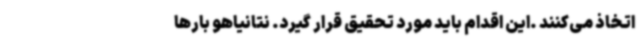
اتخاذ می‌کنند .این اقدام باید مورد تحقیق قرار گیرد. نتانیاهو بارها